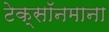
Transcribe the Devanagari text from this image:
टेक्सॉनमाना